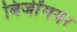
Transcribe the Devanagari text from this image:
बिजींगवर